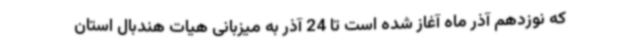
که نوزدهم آذر ماه آغاز شده است تا 24 آذر به میزبانی هیات هندبال استان